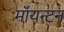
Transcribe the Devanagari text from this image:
मॉयन्टन